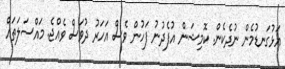
އަޅުގަނޑުމެން ނުދެކެން. ކޮމިޝަން އުފެދުނު ފަހުން ވެސް އަހަރު ދުވަސް ވެއްޖެ. މައްސަލަތައް